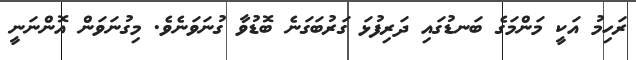
ރަހިމު އަކީ މަންމަގެ ބަނޑުގައި ދަރިފުޅަ ގަރުބަގަނެ ބޮޑުވާ ގުނަވަނެވެ. މިގުނަވަން އޮންނަނީ